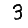
Digit: 3